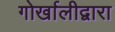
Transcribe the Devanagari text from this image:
गोर्खालीद्वारा